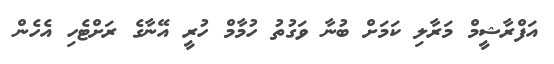
އަފްރާޝީމް މަރާލި ކަމަށް ބުނާ ވަގުތު ހުމާމް ހުރީ އޭނާގެ ރަށްޓެހި އެހެން